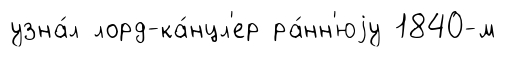
узна́л лорд-ка́нцл'ер ра́нн'юjу 1840-м